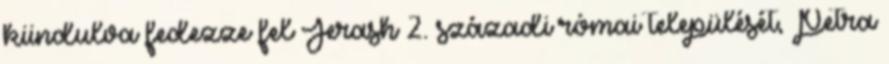
kiindulva fedezze fel Jerash 2. századi római települését, Petra